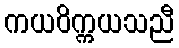
ကယဝိက္ကယသညီ